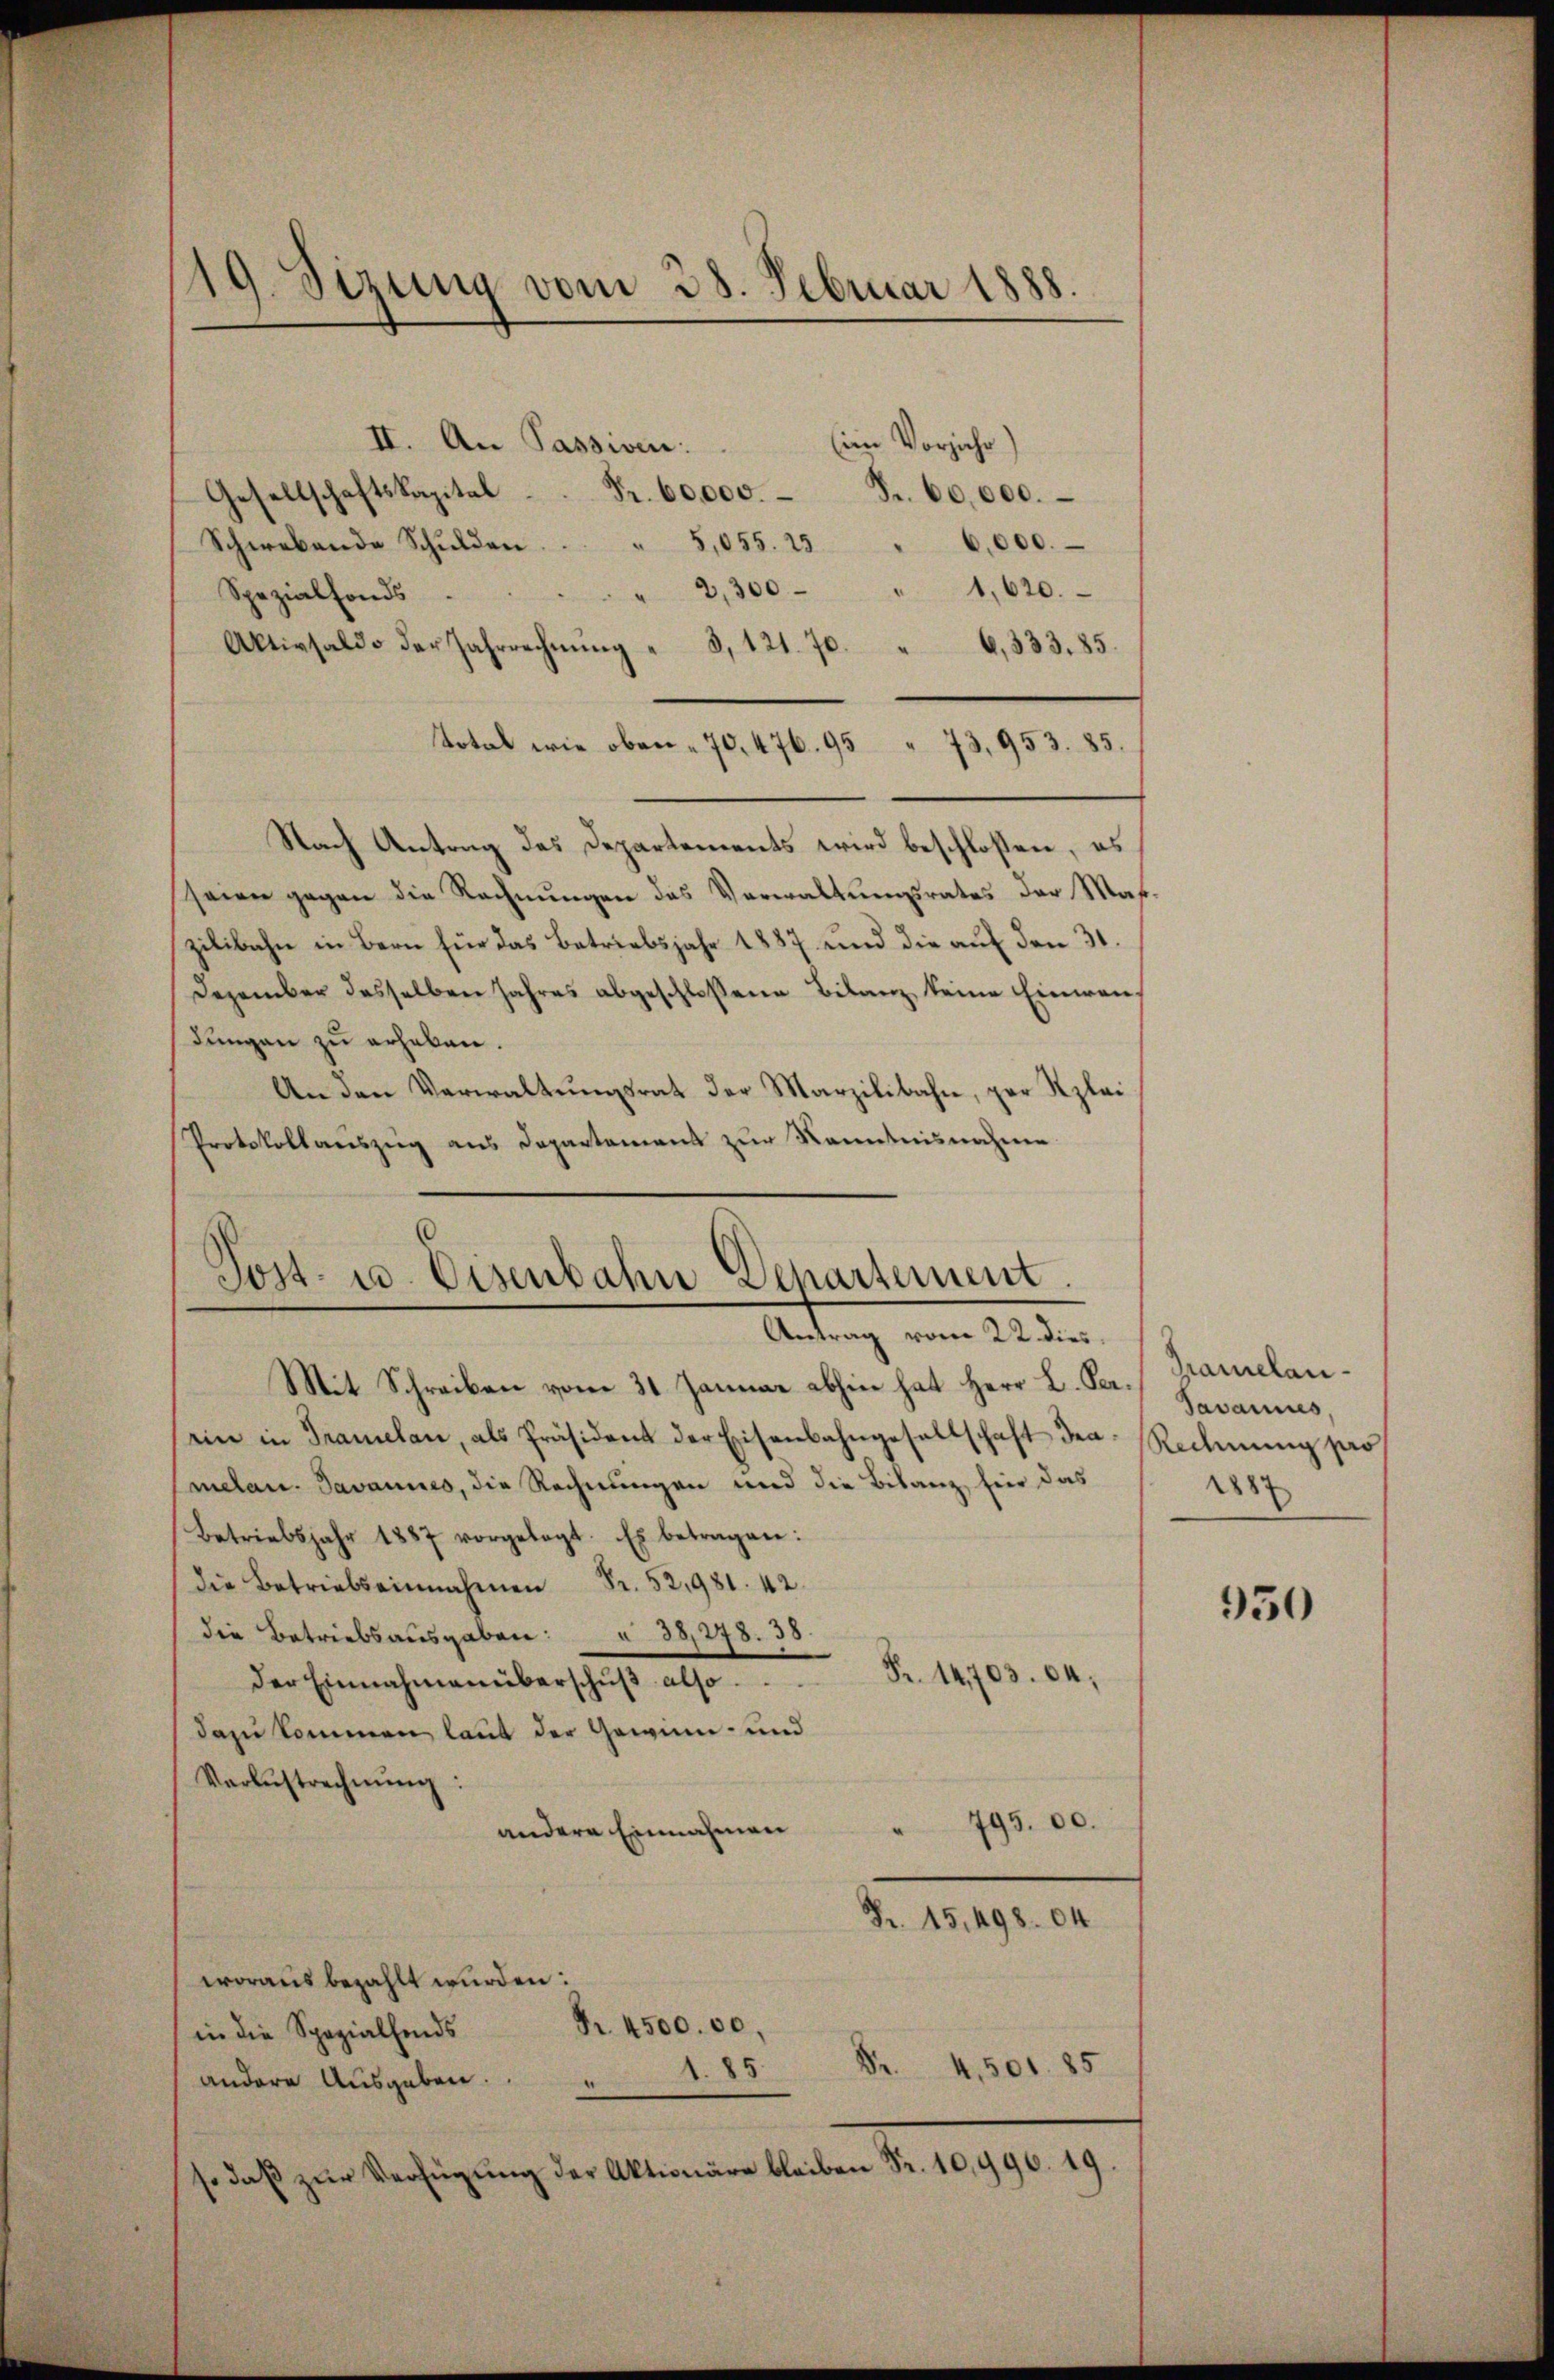
19. Sizung vom 28. Februar 1888.

II. An Passiven:
Eine Vorjaehr)
Gesellschaftskapital - Fr. 60,000.- Fr. 60,000.
Schwebende Schŭlden . . . 5,055. 25 " 6,000.
2,300 " 1,620.
Spezialfonds.
Aktivsaldo der Jahrrechnŭng " 3, 121. 70. " 6,333. 85.
Total wie oben - 70. 476. 95 " 73,953. 85.
Nach Antrag des Departements wird beschlossen, es
seien gegen die Rechnŭngen das Verwaltungsrates der Maßzilibahn in Bern für das Betriebsjahr 1887 und die auf den 31.
Dezember desselben Jahres abgeschloßene Bilanz keine Einwendungen zu erhaben.
An den Verwaltŭngsrat der Marzilibahn, par Kzlai
Protokollauszug aus Departement zur Kenntnisnahme

Post- u. Eisenbahn Departement
Antrag vom 22 dies,
Mit Schreiben vom 31. Januar abhin hat Herr L. See¬

ein in Tramelan, als Präsident der Eisenbahngesellschaft der Rechnŭng pro
melan. Javannes, die Rechnungen und die Bilanz, hier das
Betriebsjahr 1887 vorgelegt. Es betragen:
die Betriebseinnahmen Fr. 52,981. 42.
die Betriebsausgaben:  38,278. 38.
Fr. 14,703. 64,
der Einnahmen überschŭβ also
dazu kommen laut der Gewinn- und
Verlustrechnŭng:
795. 00.
e
andere Einnahmen
Fr. 15,498. 04
woraus bezahlt wurden:
Nr. 4500.00
in die Spezialfonds
S.
4,501. 85
andere Ausgaben.
.
so daβ zŭr Verfügŭng der Aktionäre bleiben Fr. 10,990. 19.

Gramelau¬
Javannes,
188

950